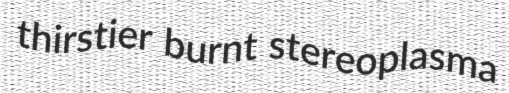
thirstier burnt stereoplasma